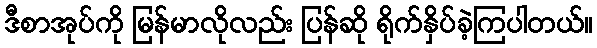
ဒီစာအုပ်ကို မြန်မာလိုလည်း ပြန်ဆို ရိုက်နှိပ်ခဲ့ကြပါတယ်။